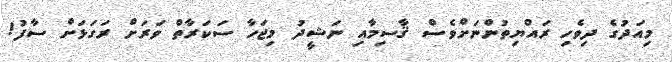
މިއަދުގެ ދިވެހި ރައްޔިތުންނަށްވެސް ޤާސިމާއި ނަޝީދު މިޖަހާ ސަކަރާތް ވަރަށް ރަގަޅަށް ސާފު!